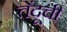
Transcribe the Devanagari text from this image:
तेंदूची